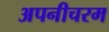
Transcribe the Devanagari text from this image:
अपनीचरम